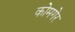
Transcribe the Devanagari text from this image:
कोमगेर